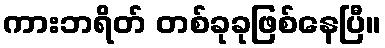
ကားဘရိတ် တစ်ခုခုဖြစ်နေပြီ။